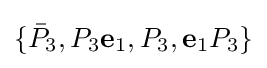
\{{\bar {P}}_{3},P_{3}\mathbf {e} _{1},P_{3},\mathbf {e} _{1}P_{3}\}